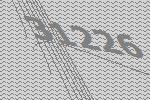
31226